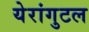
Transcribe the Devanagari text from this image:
येरांगुटल